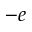
- e